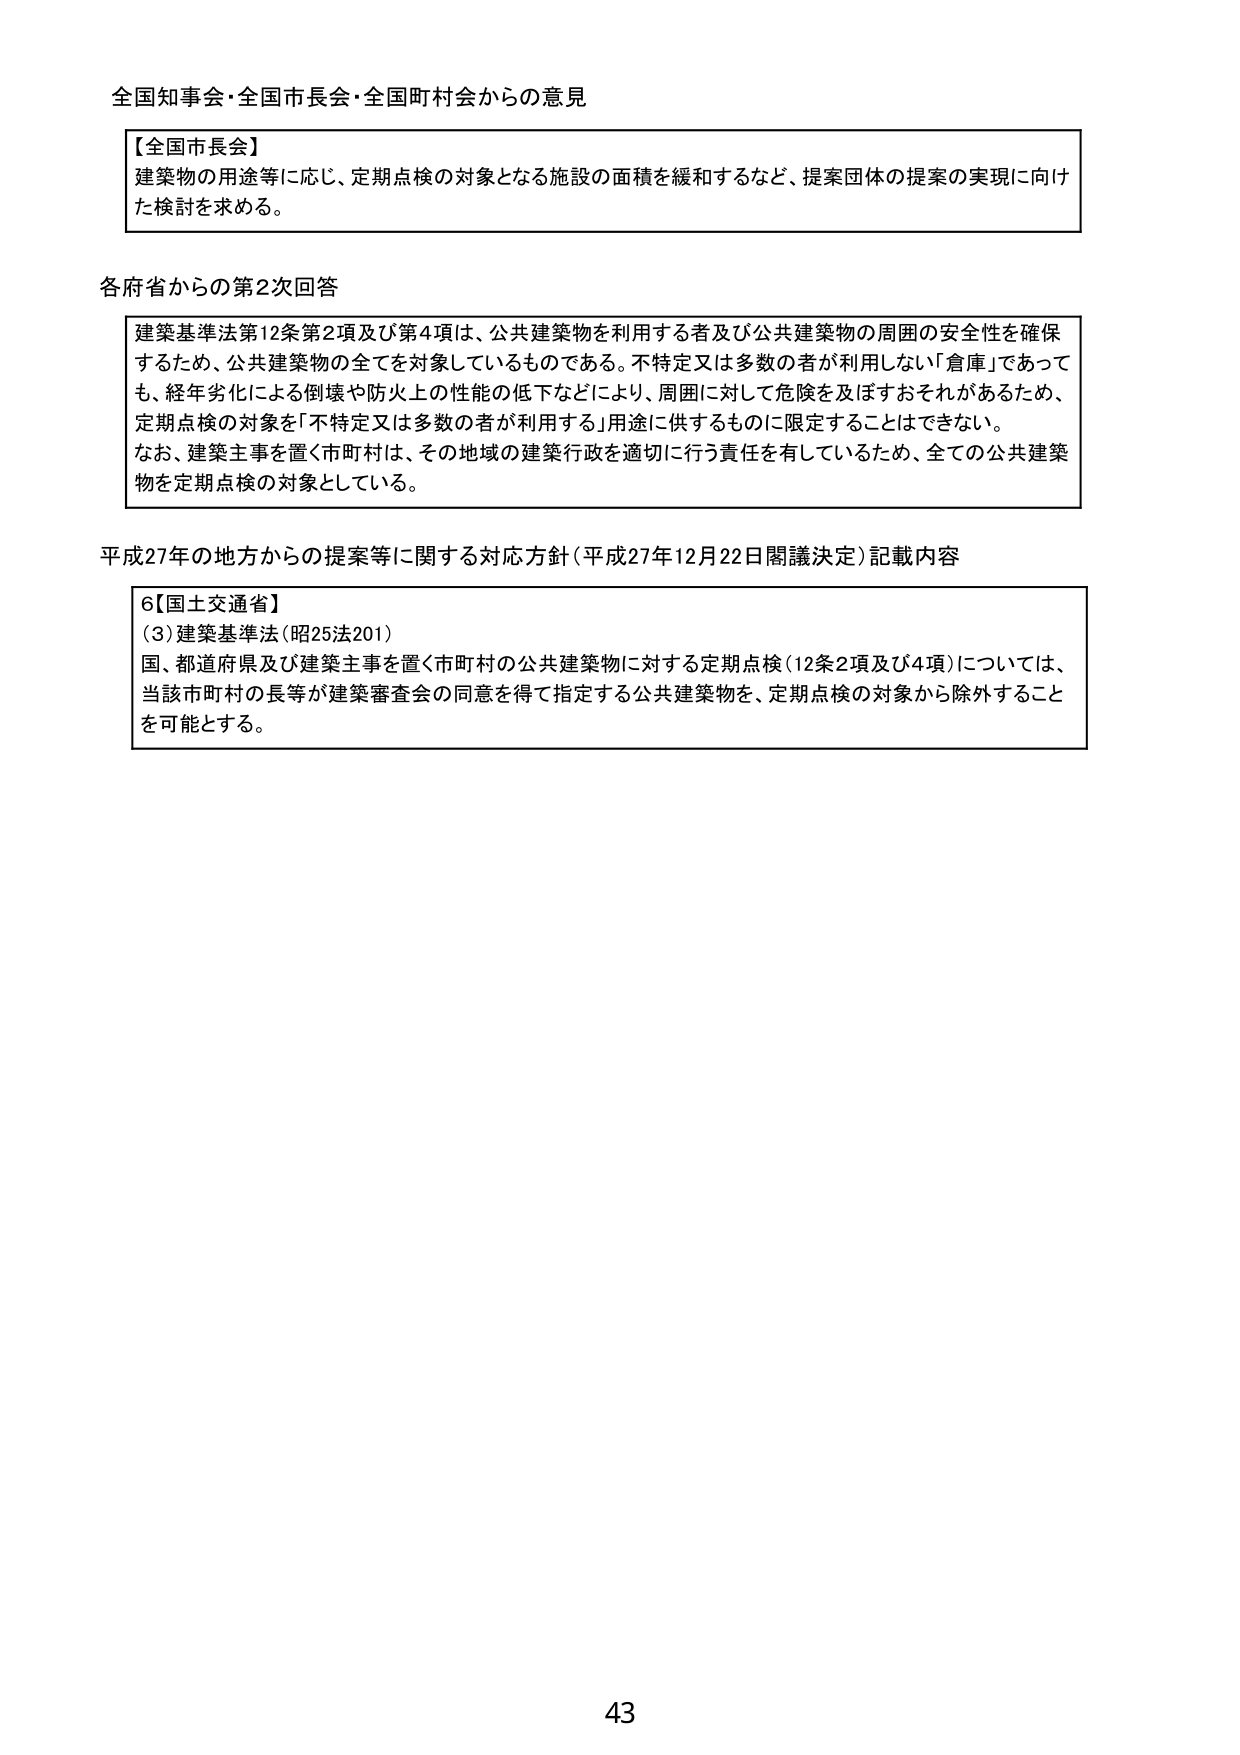
全国知事会・全国市長会・全国町村会からの意見

【全国市長会】
建築物の用途等に応じ、定期点検の対象となる施設の面積を緩和するなど、提案団体の提案の実現に向けた検討を求める。

各府省からの第2次回答

建築基準法第12条第2項及び第4項は、公共建築物を利用する者及び公共建築物の周囲の安全性を確保するため、公共建築物の全てを対象しているものである。不特定又は多数の者が利用しない「倉庫」であっても、経年劣化による倒壊や防火上の性能の低下などにより、周囲に対して危険を及ぼすおそれがあるため、定期点検の対象を「不特定又は多数の者が利用する」用途に供するものに限定することはできない。
なお、建築主事を置く市町村は、その地域の建築行政を適切に行う責任を有しているため、全ての公共建築物を定期点検の対象としている。

平成27年の地方からの提案等に関する対応方針（平成27年12月22日閣議決定）記載内容

6【国土交通省】
(3)建築基準法（昭25法201）
国、都道府県及び建築主事を置く市町村の公共建築物に対する定期点検（12条2項及び4項）については、当該市町村の長等が建築審査会の同意を得て指定する公共建築物を、定期点検の対象から除外することを可能とする。

43